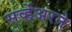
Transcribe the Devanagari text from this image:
सर्व्हेअरने